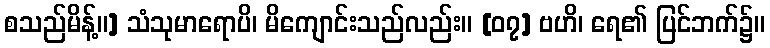
စသည်မိန့်။] သံသုမာရောပိ၊ မိကျောင်းသည်လည်း။ [၀၇] ဗဟိ၊ ရေ၏ ပြင်ဘက်၌။